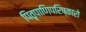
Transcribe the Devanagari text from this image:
पितृपाणिपरिष्कारो